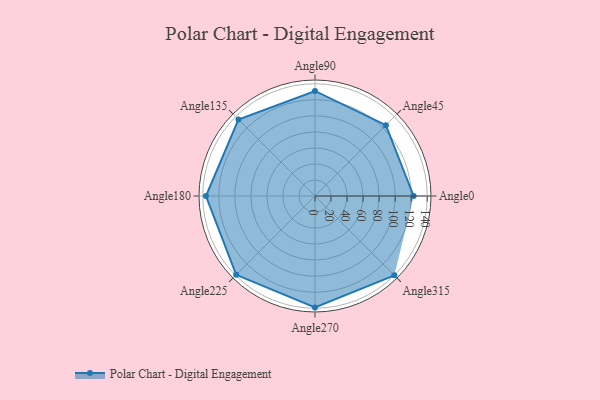
{"axis": {"x": "Angle", "y": "Radius"}, "legend": [""], "data": [{"x": "Angle0", "y": 123.0, "type": ""}, {"x": "Angle45", "y": 125.0, "type": ""}, {"x": "Angle90", "y": 131.0, "type": ""}, {"x": "Angle135", "y": 135.0, "type": ""}, {"x": "Angle180", "y": 136.0, "type": ""}, {"x": "Angle225", "y": 139.0, "type": ""}, {"x": "Angle270", "y": 139.0, "type": ""}, {"x": "Angle315", "y": 140.0, "type": ""}]}